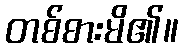
တစ်စားမိ၏။